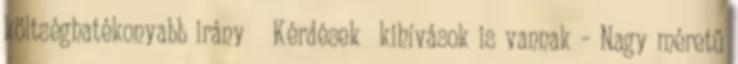
költséghatékonyabb irány ● Kérdések kihívások is vannak – Nagy méretű